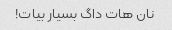
نان هات داگ بسیار بیات!